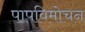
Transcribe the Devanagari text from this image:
पापविमोचन